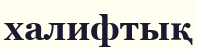
халифтық